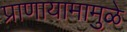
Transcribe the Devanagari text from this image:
प्राणायामामुळे